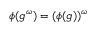
\phi ( g ^ { \omega } ) = ( \phi ( g ) ) ^ { \omega }